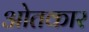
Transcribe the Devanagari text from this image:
ओतकार